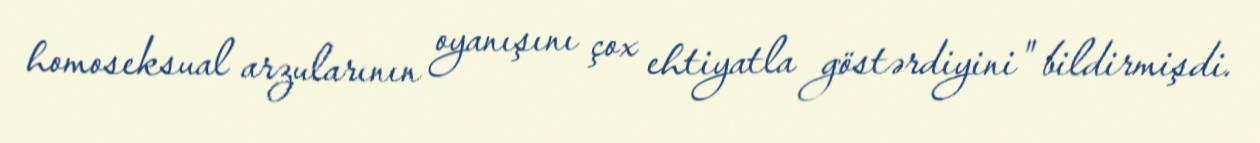
homoseksual arzularının oyanışını çox ehtiyatla göstərdiyini" bildirmişdi.